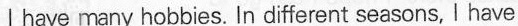
Ihave many hobbies. In different seasons, I have